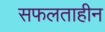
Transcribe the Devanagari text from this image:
सफलताहीन